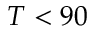
T < 9 0